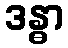
ဒန္ဓာ